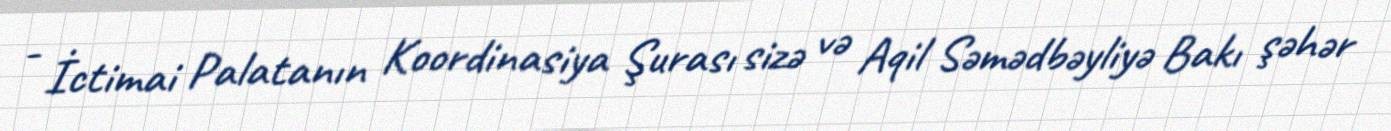
- İctimai Palatanın Koordinasiya Şurası sizə və Aqil Səmədbəyliyə Bakı şəhər